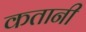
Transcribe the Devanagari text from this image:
कतानी